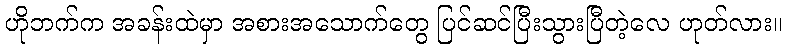
ဟိုဘက်က အခန်းထဲမှာ အစားအသောက်တွေ ပြင်ဆင်ပြီးသွားပြီတဲ့လေ ဟုတ်လား။